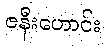
ဇနီးဟောင်း